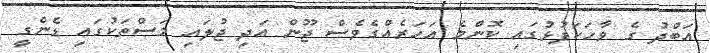
އަބްދު ގެ ވާހަކަފުޅުގައި ކޮންމެ އަހަރެއްގެވެސް ޖޫން އަދި ޖުލައި މަސްތަކުގައި ޑެންގީ